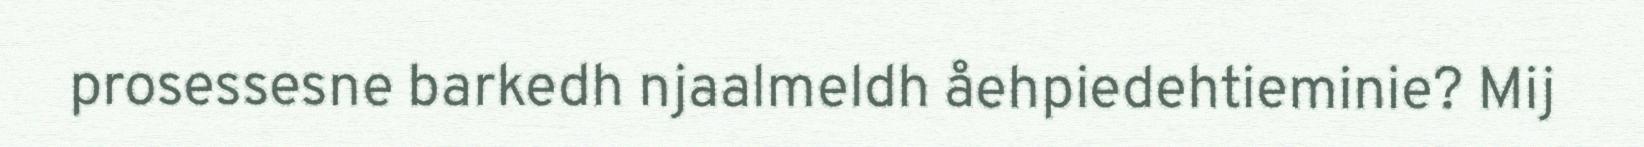
prosessesne barkedh njaalmeldh åehpiedehtieminie? Mij